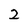
Character: 2